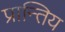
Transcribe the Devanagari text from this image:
प्रान्तिय